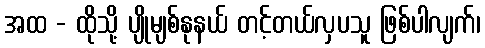
အထ - ထိုသို့ ပျိုမျစ်နုနယ် တင့်တယ်လှပသူ ဖြစ်ပါလျက်၊